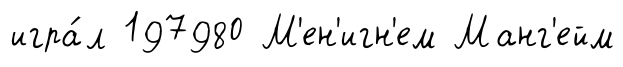
игра́л 197980 М'ен'игн'ем Манг'ейм